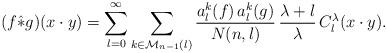
LaTeX: \begin{align*}(f\hat\ast g)(x\cdot y)=\sum_{l=0}^\infty\sum_{k\in\mathcal M_{n-1}(l)}\frac{a_l^k(f)\,a_l^k(g)}{N(n,l)}\,\frac{\lambda+l}{\lambda}\,C_l^\lambda(x\cdot y).\end{align*}